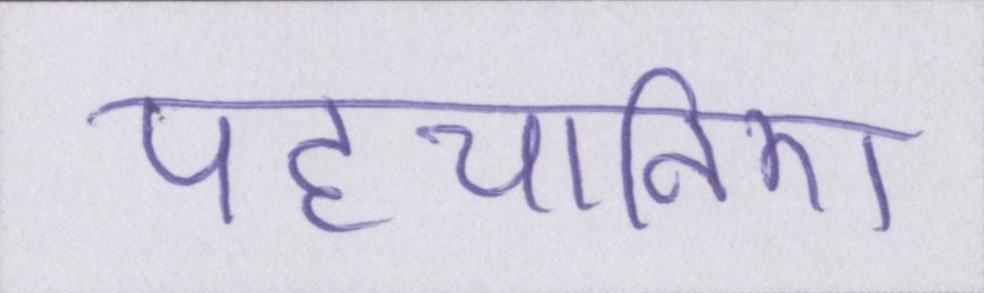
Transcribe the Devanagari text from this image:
पहचानिए